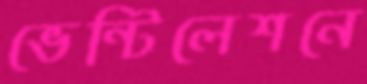
ভেন্টিলেশনে